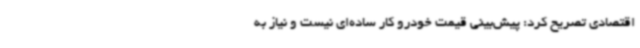
اقتصادی تصریح کرد: پیش‌بینی قیمت خودرو کار ساده‌ای نیست و نیاز به